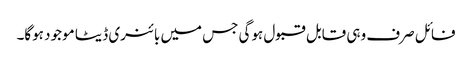
فائل صرف وہی قابل قبول ہوگی جس میں بائنری ڈیٹا موجود ہوگا۔